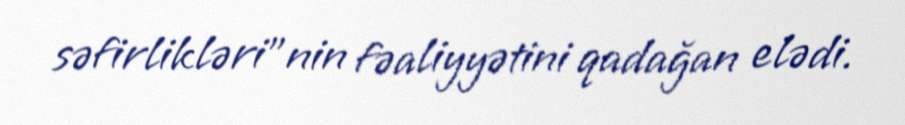
səfirlikləri”nin fəaliyyətini qadağan elədi.